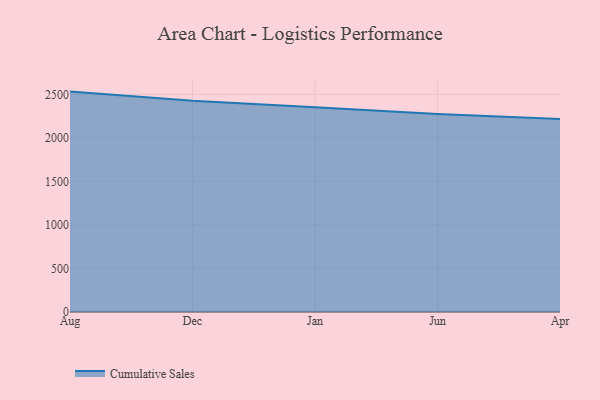
{"axis": {"x": "Month", "y": "Production Output"}, "legend": ["Cumulative Sales"], "data": [{"x": "Aug", "y": 2532.4, "type": "Cumulative Sales"}, {"x": "Dec", "y": 2427.0, "type": "Cumulative Sales"}, {"x": "Jan", "y": 2353.3, "type": "Cumulative Sales"}, {"x": "Jun", "y": 2275.4, "type": "Cumulative Sales"}, {"x": "Apr", "y": 2217.0, "type": "Cumulative Sales"}]}